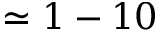
\simeq 1 - 1 0